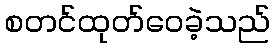
စတင်ထုတ်ဝေခဲ့သည်